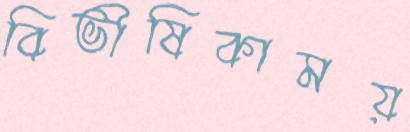
বিভীষিকাময়